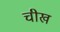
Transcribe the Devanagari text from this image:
चीख